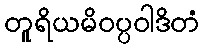
တူရိယမိဝပ္ပဝါဒိတံ